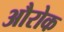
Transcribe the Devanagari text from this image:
औरोक